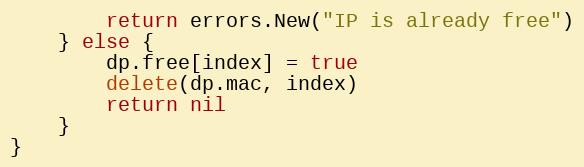
Language: Go
		return errors.New("IP is already free")
	} else {
		dp.free[index] = true
		delete(dp.mac, index)
		return nil
	}
}